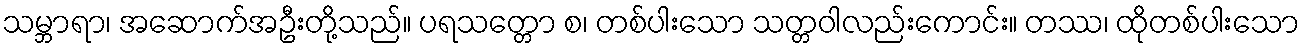
သမ္ဘာရာ၊ အဆောက်အဦးတို့သည်။ ပရသတ္တော စ၊ တစ်ပါးသော သတ္တဝါလည်းကောင်း။ တဿ၊ ထိုတစ်ပါးသော